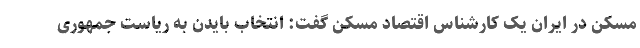
مسکن در ایران یک کارشناس اقتصاد مسکن گفت: انتخاب بایدن به ریاست جمهوری